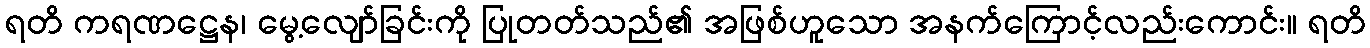
ရတိ ကရဏဋ္ဌေန၊ မွေ့လျော်ခြင်းကို ပြုတတ်သည်၏ အဖြစ်ဟူသော အနက်ကြောင့်လည်းကောင်း။ ရတိ